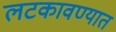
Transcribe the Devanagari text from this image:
लटकावण्यात